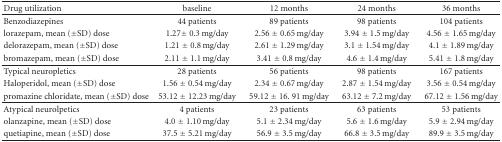
| Drug utilization | baseline | 12 months | 24 months | 36 months |
 | --- | --- | --- | --- | --- |
 | Benzodiazepines | 44 patients | 89 patients | 98 patients | 104 patients |
 | lorazepam, mean ( ± SD) dose | 1.27 ± 0.3 mg/day | 2.56 ± 0.65 mg/day | 3.94 ± 1.5 mg/day | 4.56 ± 1.65 mg/day |
 | delorazepam, mean ( ± SD) dose | 1.21 ± 0.8 mg/day | 2.61 ± 1.29 mg/day | 3.1 ± 1.54 mg/day | 4.1 ± 1.89 mg/day |
 | bromazepam, mean ( ± SD) dose | 2.11 ± 1.1 mg/day | 3.41 ± 0.8 mg/day | 4.6 ± 1.4 mg/day | 5.41 ± 1.8 mg/day |
 | Typical neuropletics | 28 patients | 56 patients | 98 patients | 167 patients |
 | Haloperidol, mean ( ± SD) dose | 1.56 ± 0.54 mg/day | 2.34 ± 0.67 mg/day | 2.87 ± 1.54 mg/day | 3.56 ± 0.54 mg/day |
 | promazine chloridate, mean ( ± SD) dose | 53.12 ± 12.23 mg/day | 59.12 ± 16. 91 mg/day | 63.12 ± 7.2 mg/day | 67.12 ± 1.56 mg/day |
 | Atypical neurolpetics | 4 patients | 23 patients | 63 patients | 53 patients |
 | olanzapine, mean ( ± SD) dose | 4.0 ± 1.10 mg/day | 5.1 ± 2.34 mg/day | 5.6 ± 1.6 mg/day | 5.9 ± 2.94 mg/day |
 | quetiapine, mean ( ± SD) dose | 37.5 ± 5.21 mg/day | 56.9 ± 3.5 mg/day | 66.8 ± 3.5 mg/day | 89.9 ± 3.5 mg/day |